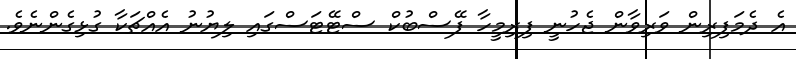
އެ ދެމަފިރިން ވަރިވާން ޖެހުނީ ފިރިމީހާ ފޭސްބުކް ސްޓޭޓަސްގައި ލިޔުނު އެއްޗަކާ ގުޅިގެންނެވެ.